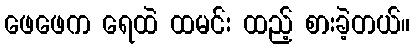
ဖေဖေက ရေထဲ ထမင်း ထည့် စားခဲ့တယ်။